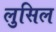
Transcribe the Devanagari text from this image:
लुसिल